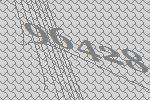
96428